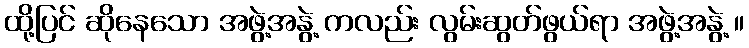
ထို့ပြင် ဆိုနေသော အဖွဲ့အနွဲ့ ကလည်း လွမ်းဆွတ်ဖွယ်ရာ အဖွဲ့အနွဲ့ ။